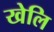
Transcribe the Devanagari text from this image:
खेलि